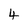
Character: 4